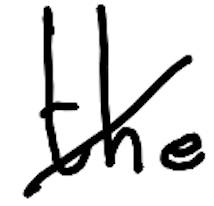
Text: the
Cross-out: diagonal
Writing tool: digital_black